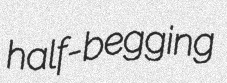
half-begging